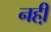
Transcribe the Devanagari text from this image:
नही़